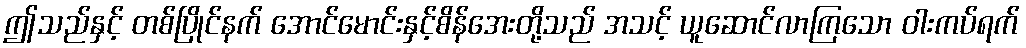
ဤသည်နှင့် တစ်ပြိုင်နက် အောင်မောင်းနှင့်စိန်အေးတို့သည် အသင့် ယူဆောင်လာကြသော ဝါးကပ်ရက်